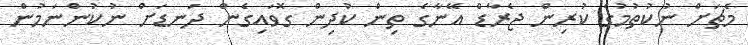
މެޗަށް ނުކުތުމުގެ ކުރިން ޖެރާޑް އޭނާގެ ތިން ކުދިން ގޮވައިގެން ދަނޑަށް ނުކުންނަމުން